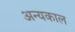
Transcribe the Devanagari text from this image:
अन्यकाल